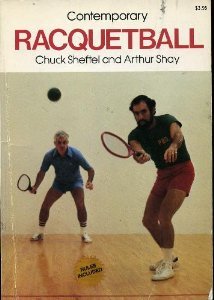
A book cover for Contemporary Racquetball; Chuck. Sheftel; Sports & Outdoors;